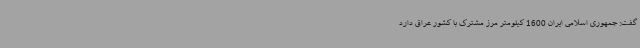
گفت: جمهوری اسلامی ایران 1600 کیلومتر مرز مشترک با کشور عراق دارد